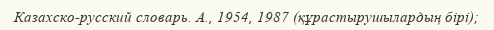
Казахско-русский словарь. А., 1954, 1987 (құрастырушылардың бірі);